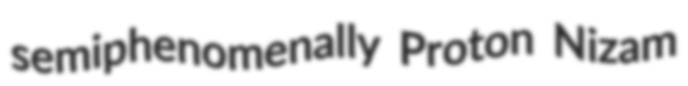
semiphenomenally Proton Nizam